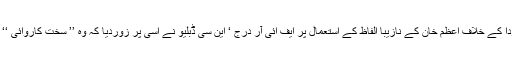
جیا پردا کے خلاف اعظم خان کے نازیبا الفاظ کے استعمال پر ایف ائی آر درج ‘ این سی ڈبلیو نے اسی پر زوردیا کہ وہ ’’ سخت کاروائی ‘‘ کرے۔